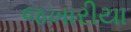
જખારીયા